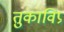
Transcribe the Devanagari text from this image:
तुकाविप्र